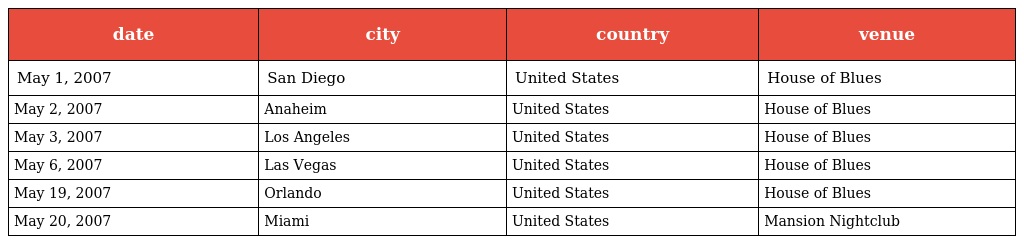
| date | city | country | venue |
 | --- | --- | --- | --- |
 | May 1, 2007 | San Diego | United States | House of Blues |
 | May 2, 2007 | Anaheim | United States | House of Blues |
 | May 3, 2007 | Los Angeles | United States | House of Blues |
 | May 6, 2007 | Las Vegas | United States | House of Blues |
 | May 19, 2007 | Orlando | United States | House of Blues |
 | May 20, 2007 | Miami | United States | Mansion Nightclub |